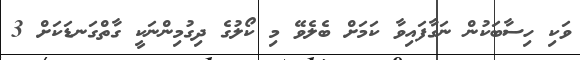
ވަކި ހިސާބަކުން ނަގާފައިވާ ކަމަށް ބެލެވޭ މި ކޯލުގެ ދިގުމިންނަކީ ގާތްގަނޑަކަށް 3